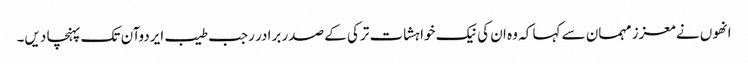
انھوں نے معزز مہمان سے کہا کہ وہ ان کی نیک خواہشات ترکی کے صدر برادر رجب طیب ایردوآن تک پہنچا دیں۔